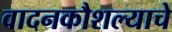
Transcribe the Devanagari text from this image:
वादनकौशल्याचे